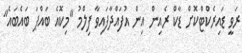
ރަވީ ޑައިރެކްޓްކޮށް ޑާކް ރެއިން އިން އުފައްދާފައިވާ ފިލްމު "މިކޮއެ ބައްޕަ ބައެބައެ"